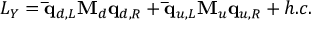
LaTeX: { \cal L } _ { Y } = { \bf \bar { q } } _ { d , L } { \bf M } _ { d } { \bf q } _ { d , R } + { \bf \bar { q } } _ { u , L } { \bf M } _ { u } { \bf q } _ { u , R } + h . c .